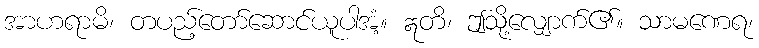
အာဟရာမိ၊ တပည့်တော်ဆောင်ယူပါအံ့။ ဣတိ၊ ဤသို့လျှောက်၏။ သာမဏေရ၊